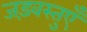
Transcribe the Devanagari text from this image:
जड़वस्तुएँ